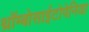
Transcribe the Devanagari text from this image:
थ्रॉम्बोसाईटोपेनिया